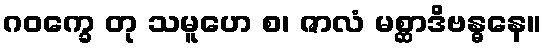
ဂဝက္ခေ တု သမူဟေ စ၊ ဇာလံ မစ္ဆာဒိဗန္ဓနေ။